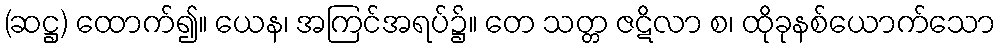
(ဆဋ္ဌ) ထောက်၍။ ယေန၊ အကြင်အရပ်၌။ တေ သတ္တ ဇဋိလာ စ၊ ထိုခုနစ်ယောက်သော